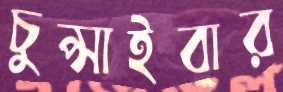
চুপ্‌সাইবার